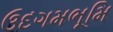
ઉદગમભૂમિ